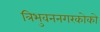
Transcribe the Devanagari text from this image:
त्रिभुवननगरकोको